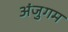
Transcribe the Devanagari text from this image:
अंजुगम